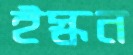
ইস্কন